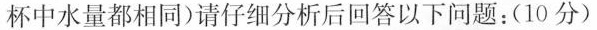
杯中水量都相同)请仔细分析后回答以下问题:(10分)